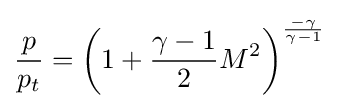
{\frac {p}{p_{t}}}=\left(1+{\frac {\gamma -1}{2}}M^{2}\right)^{\frac {-\gamma }{\gamma -1}}